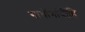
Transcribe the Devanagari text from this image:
गावोंगांवींहि